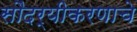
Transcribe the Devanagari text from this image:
सौंदर्यीकरणाचे